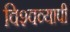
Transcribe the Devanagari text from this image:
विश्‍वव्यापी